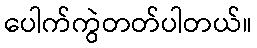
ပေါက်ကွဲတတ်ပါတယ်။